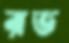
রভ